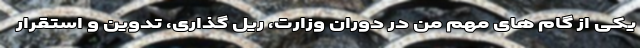
یکی از گام های مهم من در دوران وزارت، ریل گذاری، تدوین و استقرار